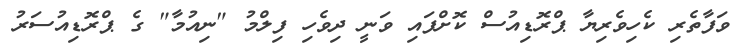
ވަފާތެރި ކެހިވެރިޔާ ޕްރޮޑިއުސް ކޮށްފައި ވަނީ ދިވެހި ފިލްމު "ނިއުމާ" ގެ ޕްރޮޑިއުސަރު